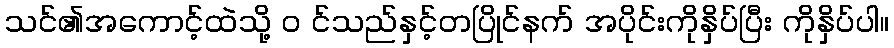
သင်၏အကောင့်ထဲသို့ ၀ င်သည်နှင့်တပြိုင်နက် အပိုင်းကိုနှိပ်ပြီး ကိုနှိပ်ပါ။